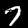
Label: 7